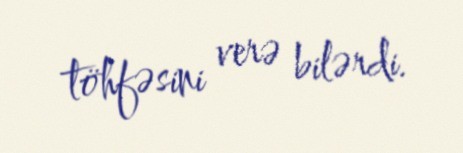
töhfəsini verə bilərdi.